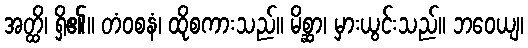
အတ္ထိ၊ ရှိ၏။ တံဝစနံ၊ ထိုစကားသည်။ မိစ္ဆာ၊ မှားယွင်းသည်။ ဘဝေယျ၊